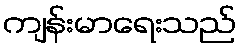
ကျန်းမာရေးသည်